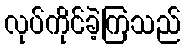
လုပ်ကိုင်ခဲ့ကြသည်